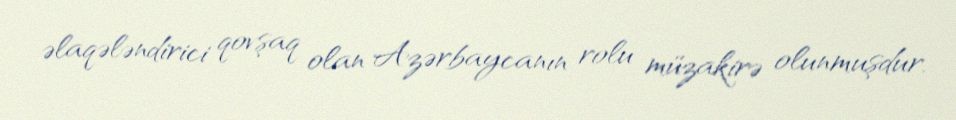
əlaqələndirici qovşaq olan Azərbaycanın rolu müzakirə olunmuşdur.